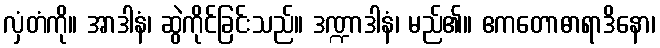
လှံတံကို။ အာဒါနံ၊ ဆွဲကိုင်ခြင်းသည်။ ဒဏ္ဍာဒါနံ၊ မည်၏။ ဧကတောဓာရာဒိနော၊